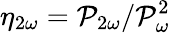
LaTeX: \eta_{2\omega}=\mathcal{P}_{2\omega}/\mathcal{P}_{\omega}^{2}